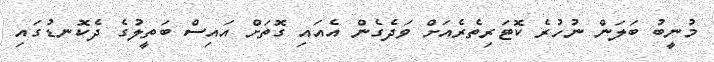
މުނީބު ބަލަން ނުހުރެ ކޮޓަރިތެރެއަށް ވަދެގެން އެއައި ގޮތަށް އައިސް ބަތީލުގެ ދެކޮނޑުގައި